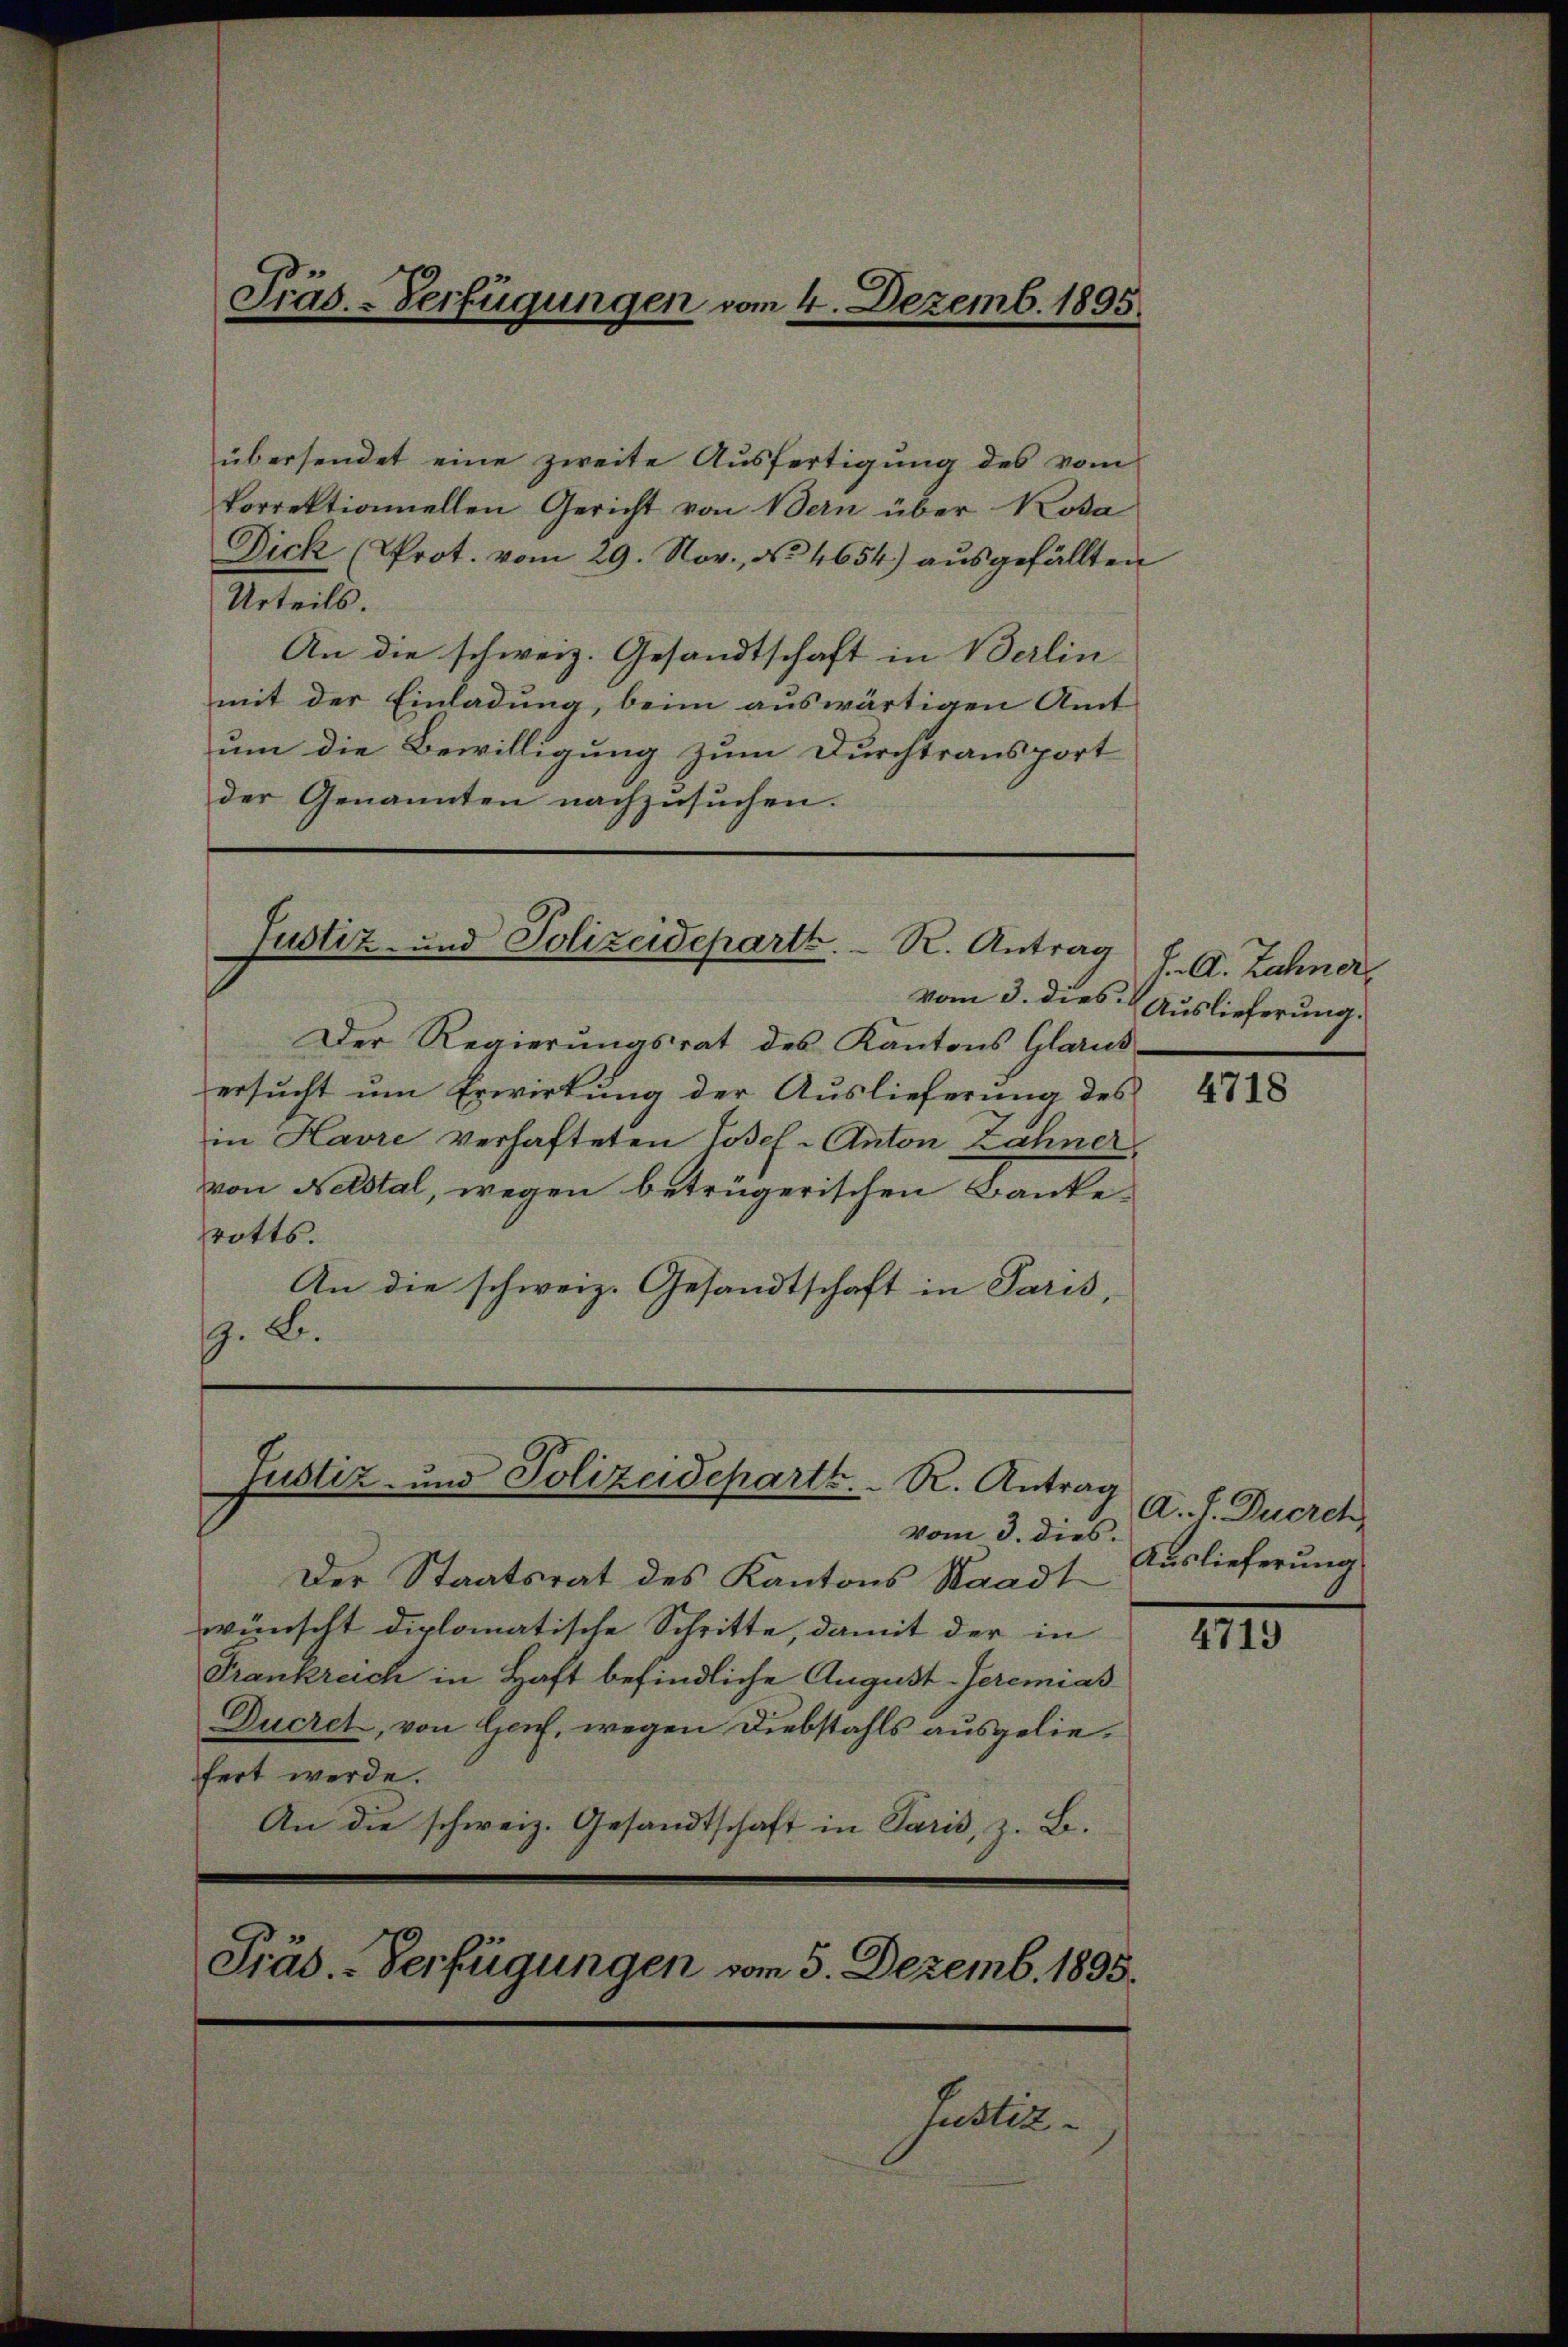
übersendet eine zweite Ausfertigung des vom
korrektionellen Gericht von Bern über Rosa
Dick (Prot. vom 29. Nov., No 4654) aŭsgefällten
Urteils.
An die schweiz. Gesandtschaft in Berlin
mit der Einladung, beim auswärtigen Amt
um die Bewilligung zum Durchtransport
der Genannten nachzusuchen.

Präs.-Verfügungen vom 4. Dezemb. 1895.

Justiz- und Polizeideparth. R. Antrag
vom 3. dies.

Der Regierŭngsrat des Kantons Glarus
ersucht um Erwirkung der Auslieferung des
in Havre verhafteten Josef- Anton Zähner
von Netstal, wegen betrügerischen Banke
rotts.
An die schweiz. Gesandtschaft in Paris,
. B.

Justiz- und Polizeideparth.  ..  R. Antrag
vom 3. dies.

Der Staatsrat des Kantons Staadt
wünscht diplomatische Schritte, damit der in
Frankreich in Haft befindliche August-Geremias
Ducret, von Hof, wegen Diebstahls ausgeliefert werde.
An die schweiz. Gesandtschaft in Paris, z. B.
Präs.-Verfügungen vom 5. Dezemb. 1895.

Justiz-

J. A. Zähner,
Auslieferung.

4718

A. f. Ducrch
Auslieferung

4719